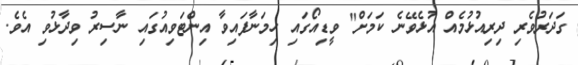
ގަދަރުވެރި ދިރިއުޅުމެއް އުޅެވޭނެ ކަމަށް" ވީޑިއޯގައި ހިމަނާފައިވާ އިންޓަވިއުގައި ނާސިރު ވިދާޅުވި އެވެ.